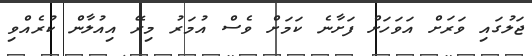
ޖަލުގައި ވަރަށް އަވަހަށް ފަށާނެ ކަމަށް ވެސް އުމަރު މިރޭ އިއުލާން ކުރެއްވި